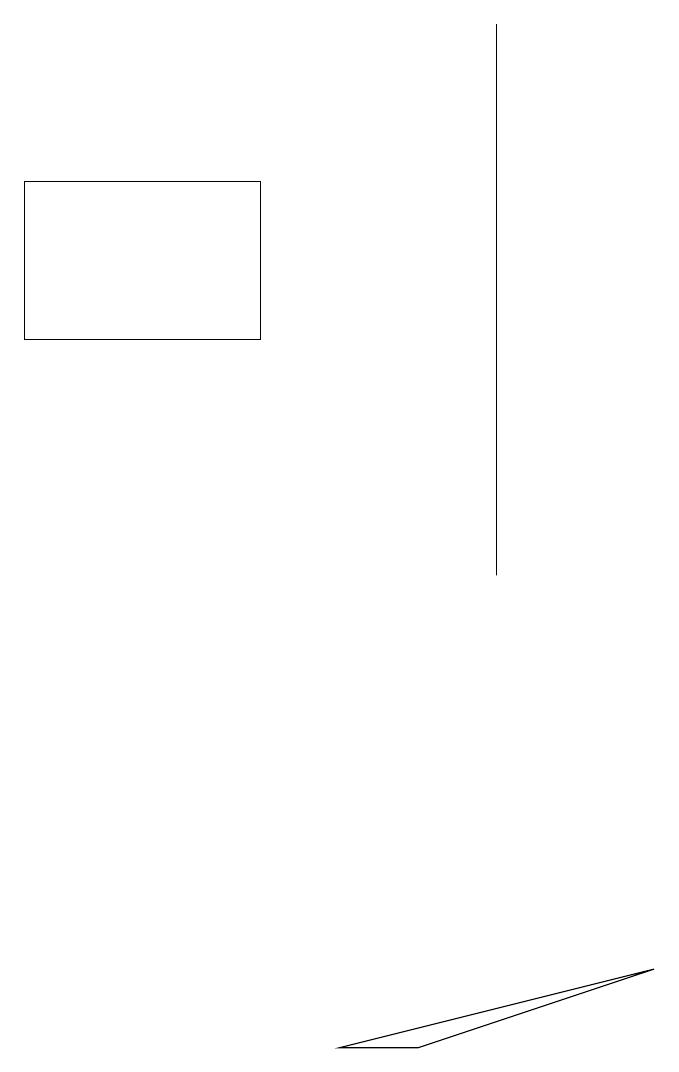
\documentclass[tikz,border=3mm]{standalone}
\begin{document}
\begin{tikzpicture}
\draw (3,13) rectangle (0,15);
\draw (4,4) -- (8,5) -- (5,4) -- cycle;
\draw (6,17) rectangle (6,10);
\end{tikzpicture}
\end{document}